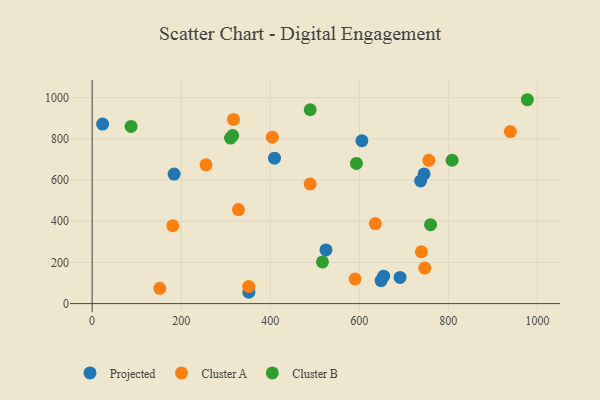
{"axis": {"x": "Study Hours", "y": "Yield"}, "legend": ["Cluster A", "Cluster B", "Projected"], "data": [{"x": "605.8", "y": 790.8, "type": "Projected"}, {"x": "745.5", "y": 629.7, "type": "Projected"}, {"x": "23.6", "y": 871.8, "type": "Projected"}, {"x": "184.1", "y": 629.2, "type": "Projected"}, {"x": "737.7", "y": 595.3, "type": "Projected"}, {"x": "691.5", "y": 127.0, "type": "Projected"}, {"x": "654.6", "y": 133.2, "type": "Projected"}, {"x": "648.9", "y": 112.1, "type": "Projected"}, {"x": "409.5", "y": 706.4, "type": "Projected"}, {"x": "352.0", "y": 55.1, "type": "Projected"}, {"x": "525.1", "y": 260.8, "type": "Projected"}, {"x": "181.2", "y": 378.6, "type": "Cluster A"}, {"x": "739.4", "y": 251.8, "type": "Cluster A"}, {"x": "756.1", "y": 695.6, "type": "Cluster A"}, {"x": "590.6", "y": 119.5, "type": "Cluster A"}, {"x": "328.6", "y": 456.6, "type": "Cluster A"}, {"x": "939.1", "y": 835.3, "type": "Cluster A"}, {"x": "255.8", "y": 673.9, "type": "Cluster A"}, {"x": "351.6", "y": 83.7, "type": "Cluster A"}, {"x": "747.0", "y": 172.5, "type": "Cluster A"}, {"x": "317.5", "y": 894.3, "type": "Cluster A"}, {"x": "404.6", "y": 808.4, "type": "Cluster A"}, {"x": "635.9", "y": 388.5, "type": "Cluster A"}, {"x": "489.6", "y": 580.7, "type": "Cluster A"}, {"x": "151.9", "y": 74.1, "type": "Cluster A"}, {"x": "808.4", "y": 696.1, "type": "Cluster B"}, {"x": "977.4", "y": 990.0, "type": "Cluster B"}, {"x": "315.6", "y": 816.0, "type": "Cluster B"}, {"x": "489.7", "y": 941.4, "type": "Cluster B"}, {"x": "87.5", "y": 860.6, "type": "Cluster B"}, {"x": "517.3", "y": 202.6, "type": "Cluster B"}, {"x": "759.9", "y": 383.2, "type": "Cluster B"}, {"x": "593.5", "y": 680.6, "type": "Cluster B"}, {"x": "310.8", "y": 804.0, "type": "Cluster B"}]}